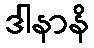
ဒါနာနိ